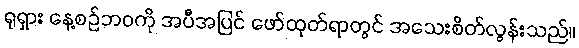
ရုရှား နေ့စဉ်ဘဝကို အပီအပြင် ဖော်ထုတ်ရာတွင် အသေးစိတ်လွန်းသည်။